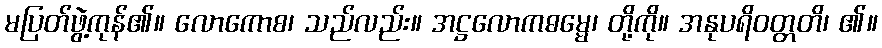
မပြတ်ဖွဲ့ကုန်၏။ လောကောစ၊ သည်လည်း။ အဋ္ဌလောကဓမ္မေ၊ တို့ကို။ အနုပရိဝတ္တတိ၊ ၏။